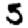
Digit: 5